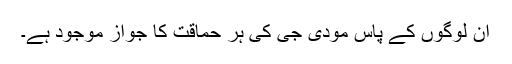
ان لوگوں کے پاس مودی جی کی ہر حماقت کا جواز موجود ہے۔